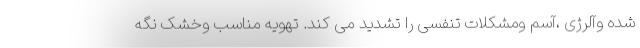
شده وآلرژی ،آسم ومشکلات تنفسی را تشدید می کند. تهویه مناسب وخشک نگه